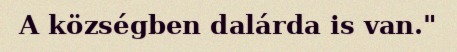
A községben dalárda is van."